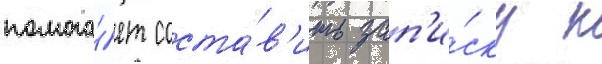
помога́ет соста́в'ить зап'и́ску к